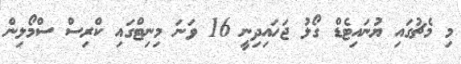
މި މެޗުގައި ޔުނައިޓެޑް ގޯލު ޖަހައިދިނީ 16 ވަނަ މިނިޓްގައި ކްރިސް ސްމޯލިން